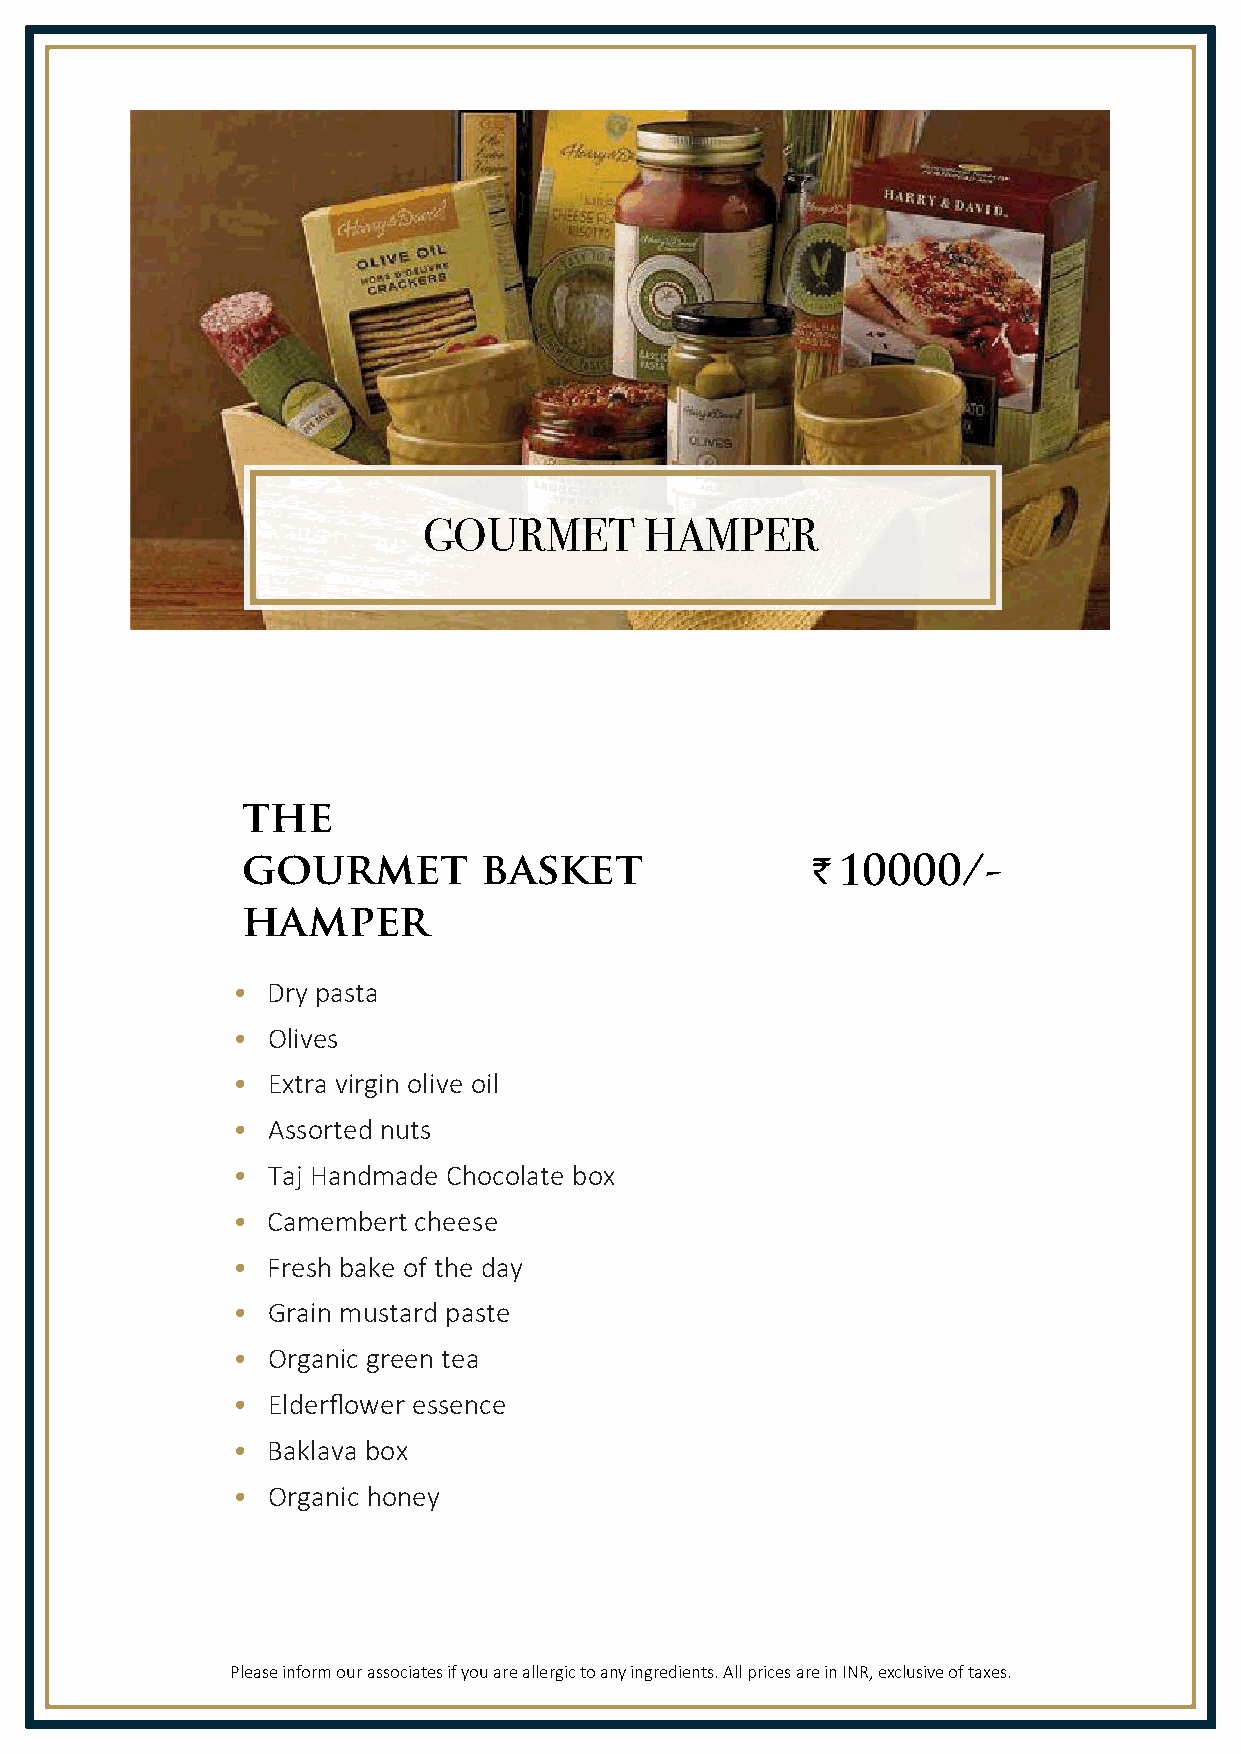
GOURMET        HAMPER
 the
 gourmet         basket                ` 10000/-
 hamper
 •  Dry pasta
 •  Olives
 •  Extra virgin olive oil
 •  Assorted nuts
 •  Taj Handmade Chocolate box
 •  Camembert cheese
 •  Fresh bake of the day
 •  Grain mustard paste
 •  Organic green tea
 •  Elderflower essence
 •  Baklava box
 •  Organic honey
 Please inform our associates if you are allergic to any ingredients. All prices are in INR, exclusive of taxes.